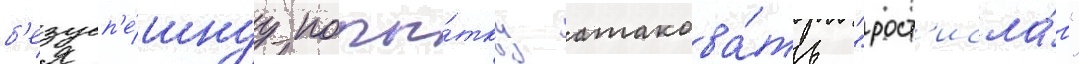
б'езусп'е́шнуу попы́тку атакова́ть "рост'исла́в"